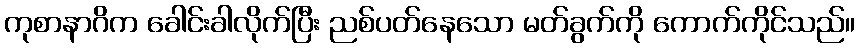
ကုစာနာဂိက ခေါင်းခါလိုက်ပြီး ညစ်ပတ်နေသော မတ်ခွက်ကို ကောက်ကိုင်သည်။